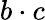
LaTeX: b\cdot c